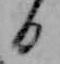
日